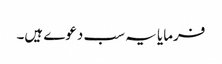
فرمایا یہ سب دعوے ہیں۔